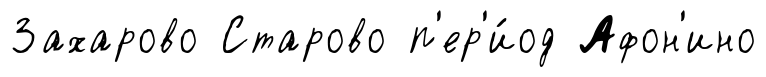
Захарово Старово п'ер'и́од Афон'ино